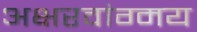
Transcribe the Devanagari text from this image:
अक्षरवांग्मय